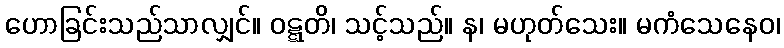
ဟောခြင်းသည်သာလျှင်။ ဝဋ္ဋတိ၊ သင့်သည်။ န၊ မဟုတ်သေး။ မကံသေနေဝ၊